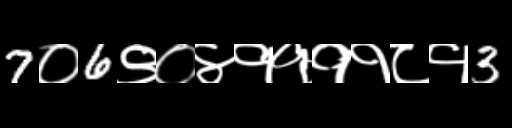
Text: 7०6९०४११११८१3